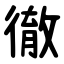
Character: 徹